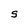
Character: S